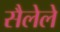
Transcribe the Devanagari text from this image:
सैलेले